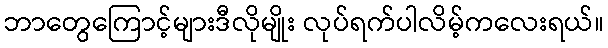
ဘာတွေကြောင့်များဒီလိုမျိုး လုပ်ရက်ပါလိမ့်ကလေးရယ်။